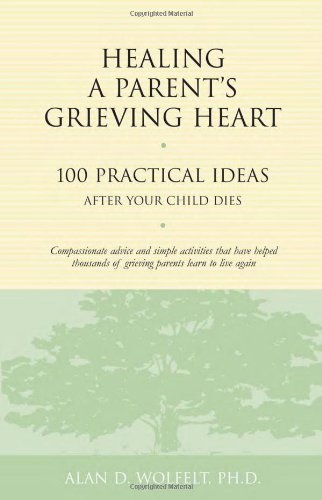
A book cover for Healing a Parent's Grieving Heart: 100 Practical Ideas After Your Child Dies (Healing a Grieving Heart series); Alan D. Wolfelt PhD; Self-Help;